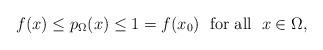
LaTeX: \begin{align*}f(x)\le p_\Omega(x)\le 1=f(x_0)\;\mbox{ for all }\;x\in\Omega,\end{align*}